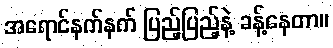
အရောင်နက်နက် ပြည့်ပြည့်နဲ့ ခန့်နေတာ။